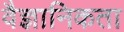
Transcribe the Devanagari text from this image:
वैज्ञानिकता